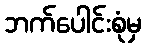
ဘက်ပေါင်းစုံမှ